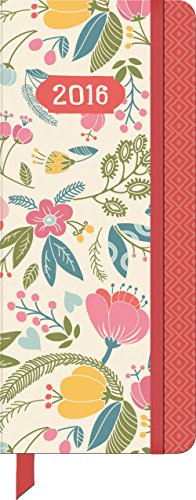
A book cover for Orange Circle Studio 17-Month 2016 Jotter Planner, Secret Garden; Orange Circle Studios; Calendars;